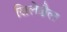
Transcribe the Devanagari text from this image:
सिलेश्चैल